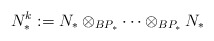
\begin{align*} N_*^k := N_* \otimes_{BP_*} \cdots \otimes_{BP_*} N_* \end{align*}